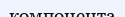
компонента